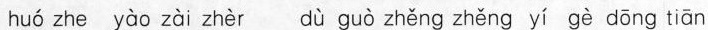
huó zhe yào zài zhèr dù guò zhěng zhěng yí gè dōng tiān